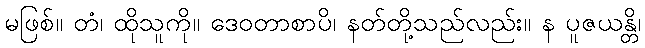
မဖြစ်။ တံ၊ ထိုသူကို။ ဒေဝတာစာပိ၊ နတ်တို့သည်လည်း။ န ပူဇယန္တိ၊